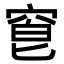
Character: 𥦒